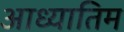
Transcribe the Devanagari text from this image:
आध्यातिम